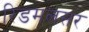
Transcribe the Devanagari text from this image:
रिडमलसर